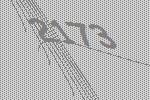
2173